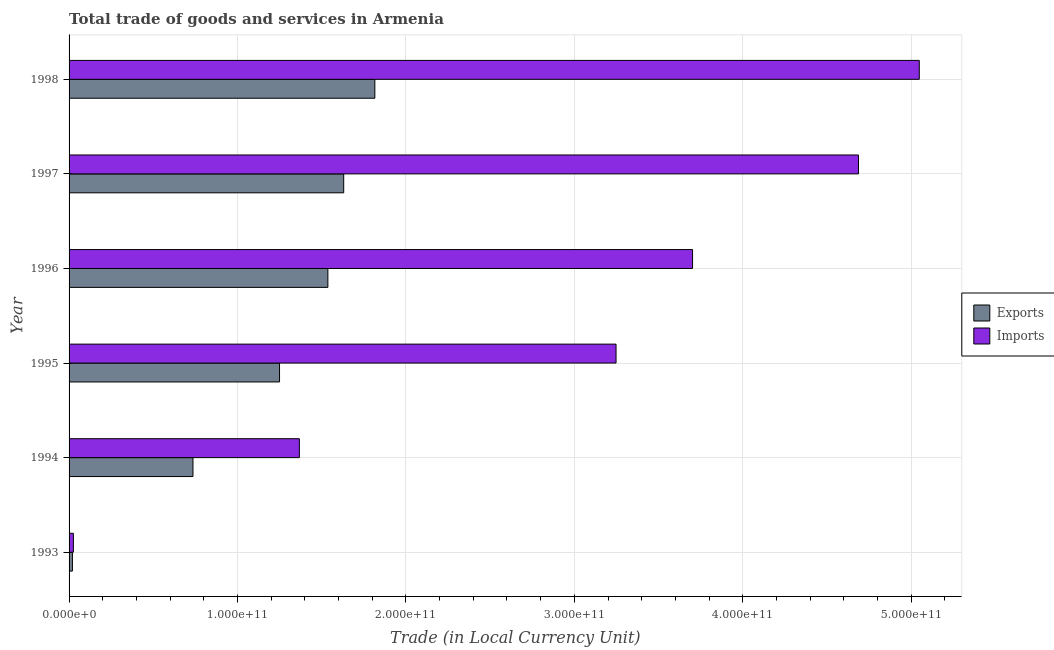
| Year | Exports | Imports |
 | --- | --- | --- |
 | 1993 | 1.99e+09 | 2.56e+09 |
 | 1994 | 7.36e+10 | 1.37e+11 |
 | 1995 | 1.25e+11 | 3.25e+11 |
 | 1996 | 1.54e+11 | 3.7e+11 |
 | 1997 | 1.63e+11 | 4.69e+11 |
 | 1998 | 1.82e+11 | 5.05e+11 |